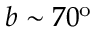
b \sim 7 0 ^ { \mathrm { o } }